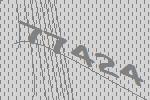
77424